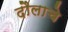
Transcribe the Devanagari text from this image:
दौलाचे